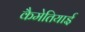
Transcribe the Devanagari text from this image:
कैमेतियाई